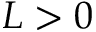
L > 0